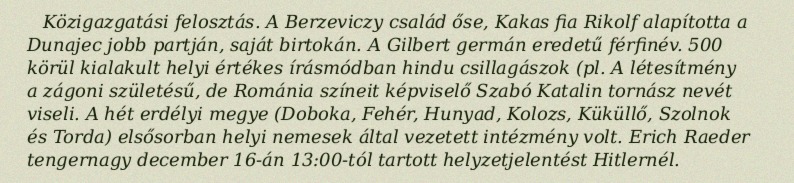
Közigazgatási felosztás. A Berzeviczy család őse, Kakas fia Rikolf alapította a Dunajec jobb partján, saját birtokán. A Gilbert germán eredetű férfinév. 500 körül kialakult helyi értékes írásmódban hindu csillagászok (pl. A létesítmény a zágoni születésű, de Románia színeit képviselő Szabó Katalin tornász nevét viseli. A hét erdélyi megye (Doboka, Fehér, Hunyad, Kolozs, Küküllő, Szolnok és Torda) elsősorban helyi nemesek által vezetett intézmény volt. Erich Raeder tengernagy december 16-án 13:00-tól tartott helyzetjelentést Hitlernél.